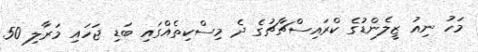
މަހު ނިއު ޒީލެންޑުގެ ކްރައިސްޗާޗުގެ ދެ މިސްކިތެއްގައި ބަޑި ޖަހައި މަރާލި 50